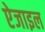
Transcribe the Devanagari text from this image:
ऐजाइल